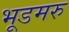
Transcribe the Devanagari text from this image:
भूडमरु